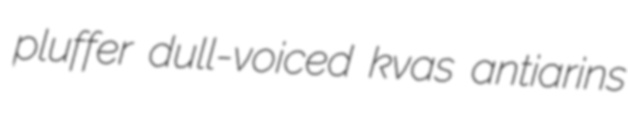
pluffer dull-voiced kvas antiarins